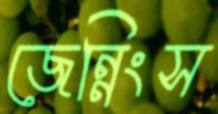
জেন্নিংস